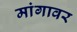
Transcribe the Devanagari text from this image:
मांगावर